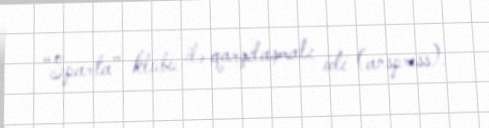
“Sparta” klubu ilə qarşılaşmalı idi (anspress).